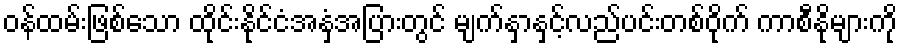
ဝန်ထမ်းဖြစ်သော ထိုင်းနိုင်ငံအနှံ့အပြားတွင် မျက်နှာနှင့်လည်ပင်းတစ်ဝိုက် ကာစီနိုများကို